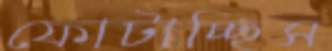
ফোটাচ্ছিস